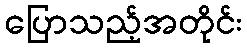
ပြောသည့်အတိုင်း